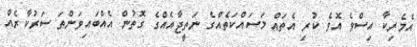
އެމެރިކާ އިސްވެ އޮވެ ކުރި އެތައް މަސައްކަތެއްގެ ނަތީޖާއެއްގެ ގޮތުން އެއްބައިވަންތަ ސަރުކާރެއް